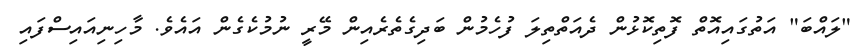
"ލައްބަ" އަތުގައިއޮތް ފޮތިކޮޅުން ދެއަތްތިލަ ފުހެމުން ބަދިގެތެރެއިން މޭރީ ނުމުކެގެން އައެވެ. މާހިނިއައިސްފައި